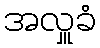
အလှူခံ